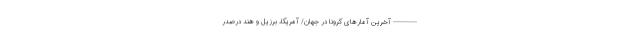
------------ آخرین آمارهای کرونا در جهان/ آمریکا، برزیل و هند درصدر